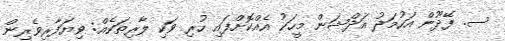
ސ. ފޭދޫން އަހުމަދު އަދްޝަން މީހަކު އެއްކޮށްފައި ހުރި ވަކި ލާރިތަކެއް: ވިޔަފާރިވެރިން